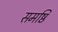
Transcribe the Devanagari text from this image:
समष्ठि